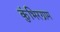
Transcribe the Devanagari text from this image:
कुंभिरग्राम